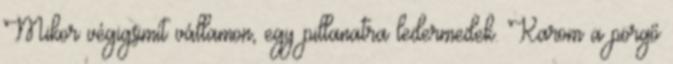
Mikor végigsimít vállamon, egy pillanatra ledermedek. Karom a pörgő